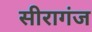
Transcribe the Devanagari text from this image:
सीरागंज